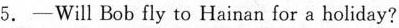
5. -Will Bob fly to Hainan for a holiday?